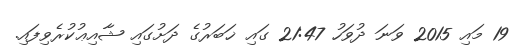
19 މައި 2015 ވަނަ ދުވަހު 21:47 ގައި ޚަބަރުގެ ދަށުގައި ޝާއިޢުކުރެވިފައި.